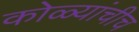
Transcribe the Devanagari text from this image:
कोळ्यांचीच